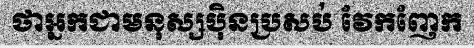
ថាអ្នកជាមនុស្សប៉ិនប្រសប់ វែកញែក